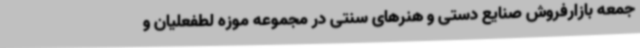
جمعه بازارفروش صنایع دستی و هنرهای سنتی در مجموعه موزه لطفعلیان و